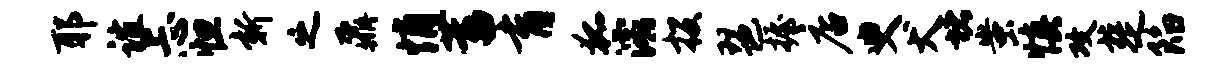
耶谊忐怛新之鼐悄蓄育狐灞投琶握店臾犬堵蚩慎攻楚陷